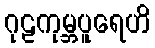
ဂုဠကုမ္ဘပူရေဟိ